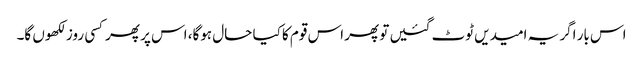
اس بار اگر یہ امیدیں ٹوٹ گئیں تو پھر اس قوم کا کیا حال ہوگا، اس پر پھرکسی روز لکھوں گا۔